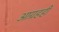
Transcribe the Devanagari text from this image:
आग्रहही